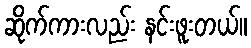
ဆိုက်ကားလည်း နင်းဖူးတယ်။